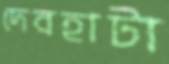
দেবহাটা